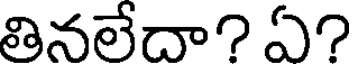
తినలేదా? ఏ?